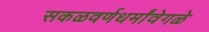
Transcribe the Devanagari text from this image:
सकळवर्णधर्मांवेगळे